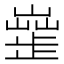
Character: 𣦣